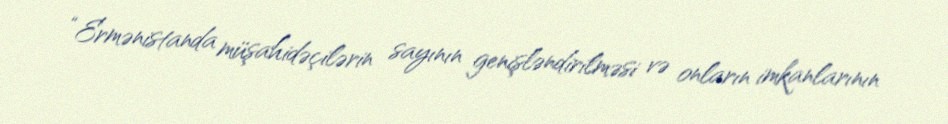
“Ermənistanda müşahidəçilərin sayının genişləndirilməsi və onların imkanlarının